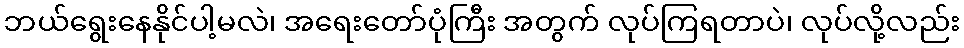
ဘယ်ရွေးနေနိုင်ပါ့မလဲ၊ အရေးတော်ပုံကြီး အတွက် လုပ်ကြရတာပဲ၊ လုပ်လို့လည်း